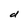
Character: d